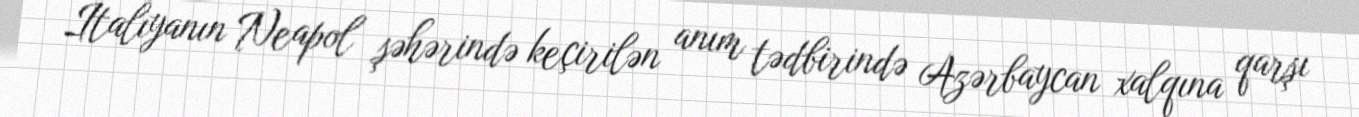
İtalıyanın Neapol şəhərində keçirilən anım tədbirində Azərbaycan xalqına qarşı